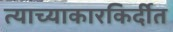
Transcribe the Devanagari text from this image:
त्याच्याकारकिर्दीत